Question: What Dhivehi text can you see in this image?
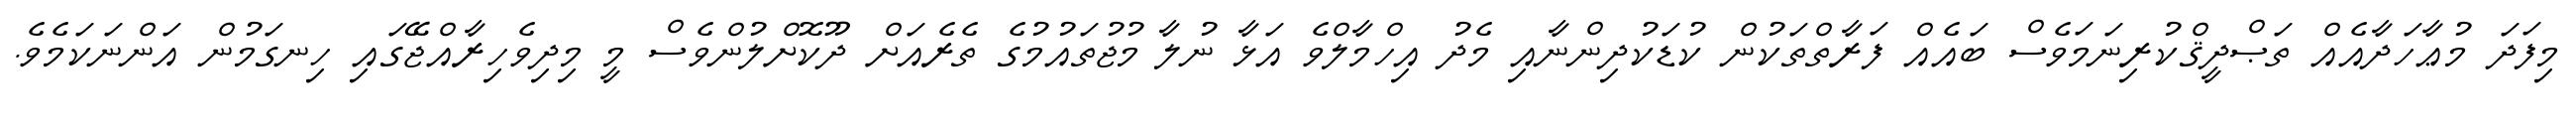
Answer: މިފަދަ މުޢާހަދާއެއް ތަޞްދީޤްކުރިނަމަވެސް ބައެއް ފަރާތްތަކުން ކުޑަކުދިންނާއި މެދު އިހްމާލްވެ އަޅާ ނުލާ މުޖުތައުމުގެ ތެރެއަށް ދޫކޮށްލުންވެސް މީ މިދިވެހިރާއްޖޭގައި ހިނގަމުން އަންނަކަމެވެ.